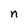
Character: n